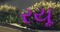
રયૂ